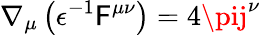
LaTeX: \nabla_{\mu}\left(\epsilon^{-1}\mathsf{F}^{\mu\nu}\right)=4\pij^{\nu}